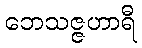
ဘေသဇ္ဇဟာရီ